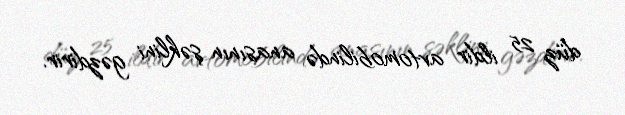
düz 25 ildir avtomobilində anasının şəklini gəzdirir.